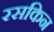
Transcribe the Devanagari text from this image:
रसकिन